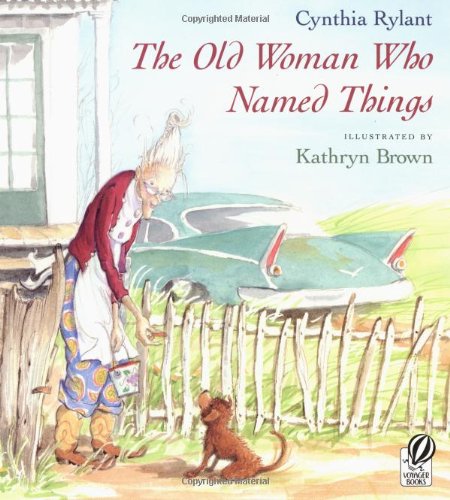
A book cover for The Old Woman Who Named Things; Cynthia Rylant; Children's Books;